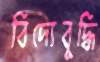
বিদ্যেবুদ্ধি